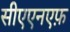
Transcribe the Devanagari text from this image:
सीएएनएफ़